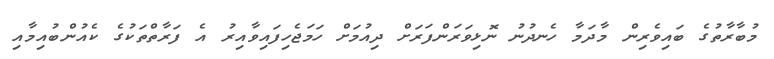
މުބާރާތުގެ ބައިވެރިން މާދަމާ ހެނދުނު ނޮޅިވަރަންފަރަށް ދިއުމަށް ހަމަޖެހިފައިވާއިރު އެ ފަރާތްތަކުގެ ކެއުންބުއިމާއި